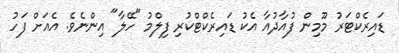
ޑައިރެކްޓަރު މޫމިން ފުއާދުއާ އެކު ޑައިރެކްޓްކުރި ފިލްމު "ހޭލާ" އިންނެވެ. އެއަށް ފަހު